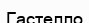
Гастелло